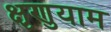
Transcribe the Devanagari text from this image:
क्षृणुयाम